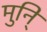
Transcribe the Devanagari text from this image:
मुनि्